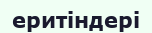
еритіндері